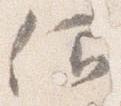
仰